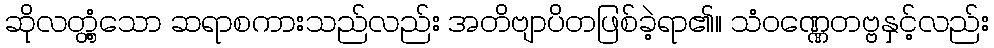
ဆိုလတ္တံ့သော ဆရာစကားသည်လည်း အတိဗျာပိတဖြစ်ခဲ့ရာ၏။ သံဝဏ္ဏေတဗ္ဗနှင့်လည်း